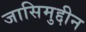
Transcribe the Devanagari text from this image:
जासिमुद्दीन